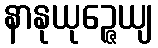
နာနုယုဉ္ဇေယျ